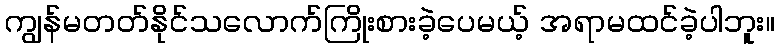
ကျွန်မတတ်နိုင်သလောက်ကြိုးစားခဲ့ပေမယ့် အရာမထင်ခဲ့ပါဘူး။